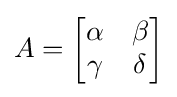
A={\begin{bmatrix}\alpha &\beta \\\gamma &\delta \end{bmatrix}}